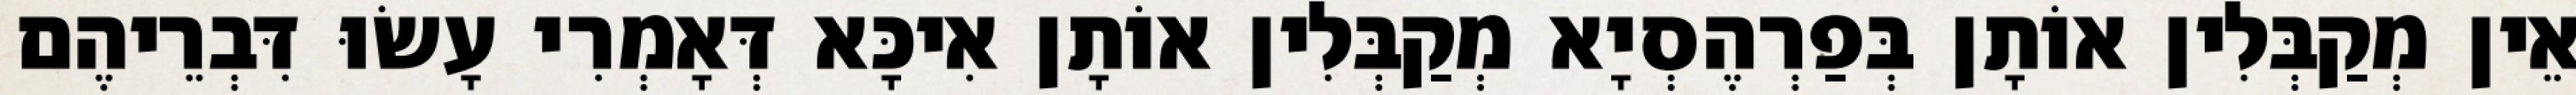
אֵין מְקַבְּלִין אוֹתָן בְּפַרְהֶסְיָא מְקַבְּלִין אוֹתָן אִיכָּא דְּאָמְרִי עָשׂוּ דִּבְרֵיהֶם